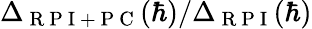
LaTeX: \Delta_{\mathrm{~R~P~I~+~P~C~}}(\hbar)/\Delta_{\mathrm{~R~P~I~}}(\hbar)